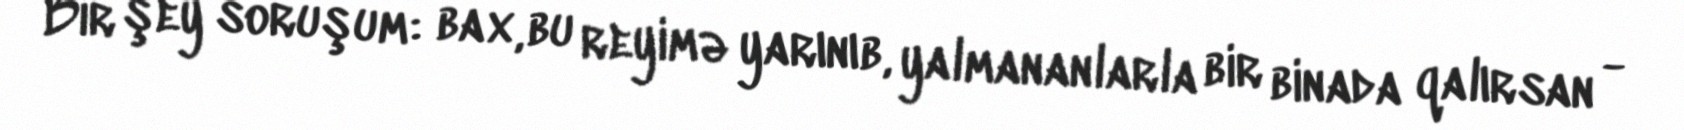
Bir şey soruşum: bax, bu reyimə yarınıb, yalmananlarla bir binada qalırsan -